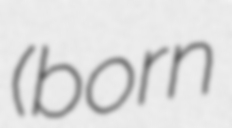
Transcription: (born